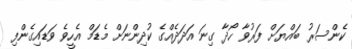
ކެންސަރު ބައްޔަށް ފަރުވާ ހޯދާ ގިނަ އަދަދެއްގެ ކުދިންނަށް މެޑަމް އެހީވެ ވަޑައިގެންފި